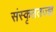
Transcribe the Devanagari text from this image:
संस्कृततज्ज्ञ